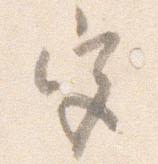
宮